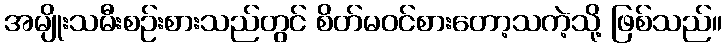
အမျိုးသမီးစဉ်းစားသည်တွင် စိတ်မဝင်စားတော့သကဲ့သို့ ဖြစ်သည်။